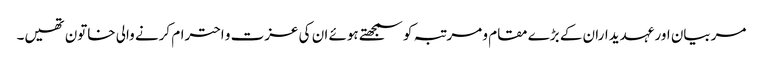
مربیان اور عہدیداران کے بڑے مقام و مرتبہ کو سمجھتے ہوئے ان کی عزت و احترام کرنے والی خاتون تھیں۔